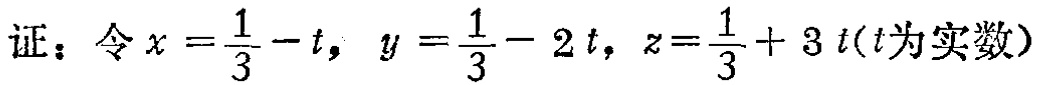
证：令\(x = \frac{1}{3}-t\)，\(y = \frac{1}{3}-2t\)，\(z=\frac{1}{3}+3t\)(\(t\)为实数)